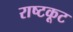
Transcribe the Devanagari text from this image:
राष्टकूट